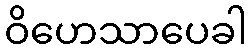
ဝိဟေသာပေခါ